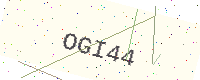
Text: OGI44